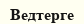
Ведтерге